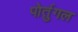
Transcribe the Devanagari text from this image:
पोर्तुगल